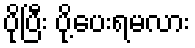
ပိုပြီး ပို့ပေးရမလား